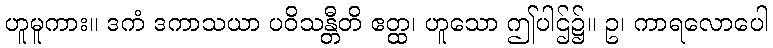
ဟူမူကား။ ဒကံ ဒကာသယာ ပဝိသန္တီတိ ဧတ္ထ၊ ဟူသော ဤပါဌ်၌။ ဥ၊ ကာရလောပေါ